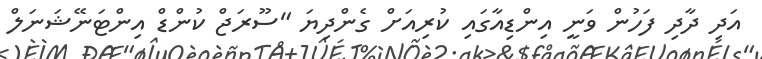
އަދި ދާދި ފަހުން ވަނީ އިންޑިއާގައި ކުރިއަށް ގެންދިޔަ "ސޫރަޖް ކުންޑް އިންޓަނޭޝަނަލް